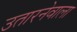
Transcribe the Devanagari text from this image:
उतारनेवाला